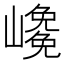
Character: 𡽡